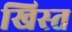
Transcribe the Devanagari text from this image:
खिस्‍त